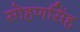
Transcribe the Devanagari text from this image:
सोहणसिंह